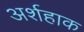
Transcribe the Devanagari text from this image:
अर्शहाक